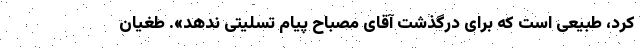
کرد، طبیعی است که برای درگذشت آقای مصباح پیام تسلیتی ندهد». طغیان